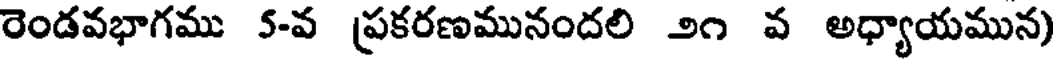
రెండవభాగము 5-వ ప్రకరణమునందలి ౨౧ వ అధ్యాయమున)